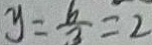
y = \frac { b } { 3 } = 2